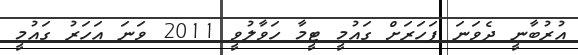
އުރުބާނީ ދެވަނަ ފަހަރަށް ގައުމީ ޓީމާ ހަވާލުވީ 2011 ވަނަ އަހަރު ގައުމީ